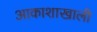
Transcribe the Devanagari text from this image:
आकाशाखाली